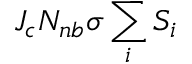
J _ { c } N _ { n b } \sigma \sum _ { i } S _ { i }